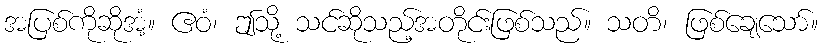
အပြစ်ကိုဆိုအံ့။ ဧဝံ၊ ဤသို့ သင်ဆိုသည့်အတိုင်းဖြစ်သည်။ သတိ၊ ဖြစ်ချေသော်။